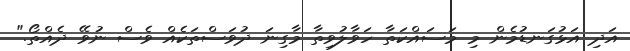
އަދި އަޅުގަނޑުމެން މި މަސައްކަތާ ހަވާލުވިތާ މާގިނަ ދުވަސްތަކެއް ވެސް ނުވޭ ދެއްތޯ."